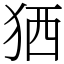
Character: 𤞏